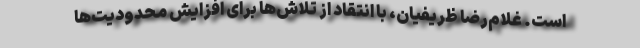
است. غلام‌رضا ظریفیان، با انتقاد از تلاش‌ها برای افزایش محدودیت‌ها